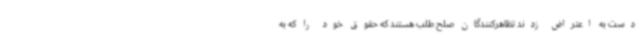
دست به اعتراض زدند تظاهرکنندگان صلح طلب هستند که حقوق خود را که به